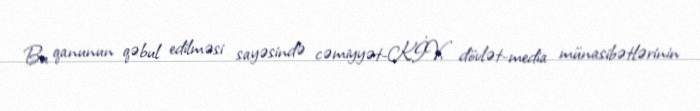
Bu qanunun qəbul edilməsi sayəsində cəmiyyət-KİV, dövlət-media münasibətlərinin